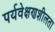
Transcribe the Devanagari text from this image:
पर्यवेक्षणशीलता